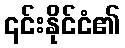
၎င်းနိုင်ငံ၏